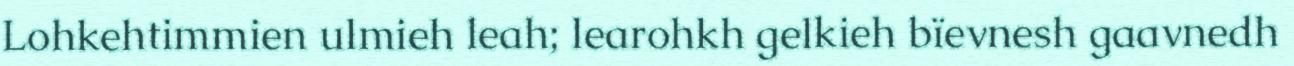
Lohkehtimmien ulmieh leah; learohkh gelkieh bïevnesh gaavnedh